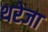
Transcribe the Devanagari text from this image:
थरेजा